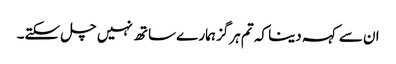
ان سے کہہ دینا کہ تم ہرگز ہمارے ساتھ نہیں چل سکتے۔